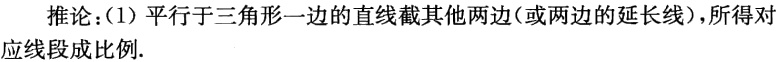
推论：(1) 平行于三角形一边的直线截其他两边(或两边的延长线)，所得对 应线段成比例.